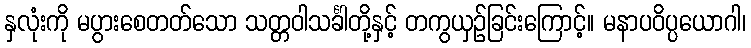
နှလုံးကို မပွားစေတတ်သော သတ္တဝါသင်္ခါတို့နှင့် တကွယှဉ်ခြင်းကြောင့်။ မနာပဝိပ္ပယောဂါ၊